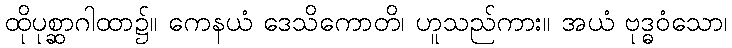
ထိုပုစ္ဆာဂါထာ၌။ ကေနယံ ဒေသိကောတိ၊ ဟူသည်ကား။ အယံ ဗုဒ္ဓဝံသော၊